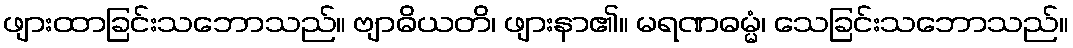
ဖျားထာခြင်းသဘောသည်။ ဗျာဓိယတိ၊ ဖျားနာ၏။ မရဏဓမ္မံ၊ သေခြင်းသဘောသည်။